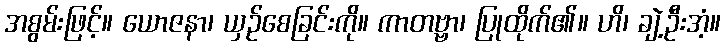
အစွမ်းဖြင့်။ ယောဇနာ၊ ယှဉ်စေခြင်းကို။ ကာတဗ္ဗာ၊ ပြုထိုက်၏။ ဟိ၊ ချဲ့ဦးအံ့။